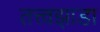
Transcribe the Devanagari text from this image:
तत्त्वझाडा